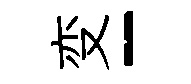
变-